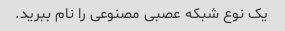
یک نوع شبکه عصبی مصنوعی را نام ببرید.